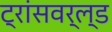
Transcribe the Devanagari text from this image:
ट्रांसवर्ल्ड